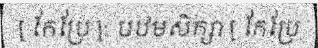
[ កែប្រែ ]: បឋមសិក្សា [ កែប្រែ